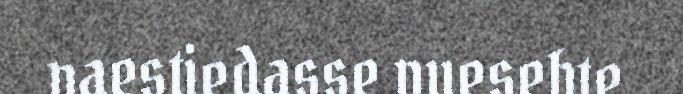
vaestiedasse vuesehte